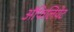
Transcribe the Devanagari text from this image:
अॅफिलियेट